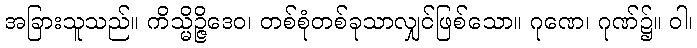
အခြားသူသည်။ ကိသ္မိဉ္ဇိဒေဝ၊ တစ်စုံတစ်ခုသာလျှင်ဖြစ်သော။ ဂုဏေ၊ ဂုဏ်၌။ ဝါ၊